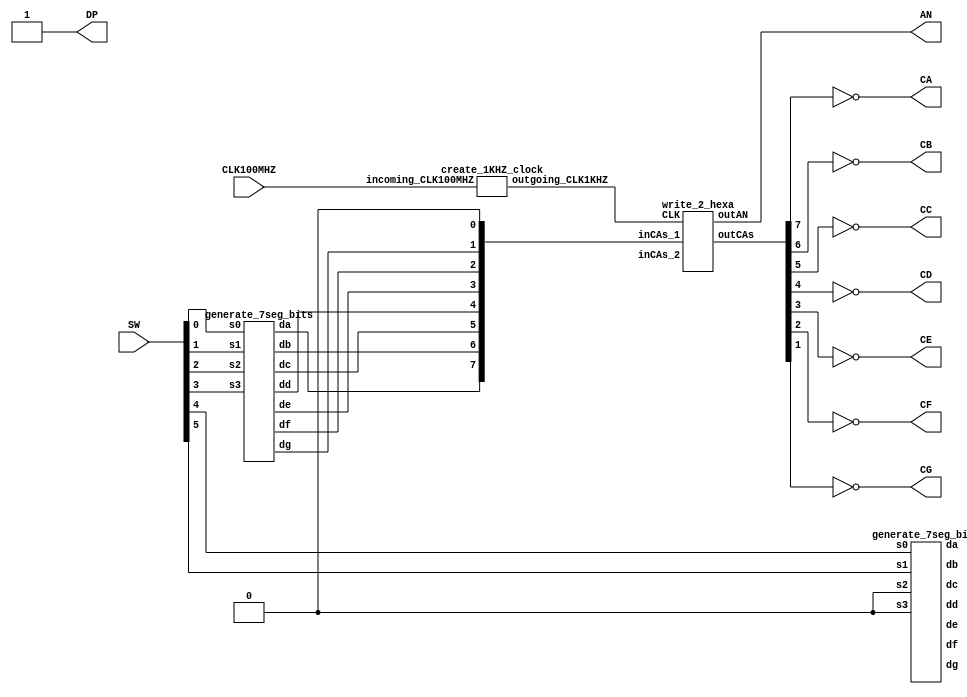
`timescale 1ns / 1ps
//////////////////////////////////////////////////////////////////////////////////
// Module Name: lab6
// input 6 switches display number in hexadecimal on 2 LED display outputs
// Used a Nexys4 DDR device to test
//////////////////////////////////////////////////////////////////////////////////

//Main Module adding 

module topModule1(
    input CLK100MHZ,
    input [5:0] SW,
    output [7:0] AN,
    output CA,CB,CC,CD,CE,CF,CG,DP
    );
    
    wire [7:0] CAs;
    wire [7:0] CAs_1;
    wire [7:0] CAs_2;
    wire [7:0] CAs_3;
    wire [5:0] SWs;
    wire CLK1KHZ;
    
    assign SWs [5:0] = SW [5:0];
    
    assign CAs[0] = 1'b0;
    
    assign CA=~CAs[7];
    assign CB=~CAs[6];
    assign CC=~CAs[5];
    assign CD=~CAs[4];
    assign CE=~CAs[3];
    assign CF=~CAs[2];
    assign CG=~CAs[1];
    assign DP=~CAs[0];
    
    create_1KHZ_clock gate0 (CLK100MHZ, CLK1KHZ);
    generate_7seg_bits gate1 (SW[3], SW[2], SW[1], SW[0], CAs_1[7], CAs_1[6], CAs_1[5], CAs_1[4], CAs_1[3], CAs_1[2], CAs_1[1]);
    generate_7seg_bits gate2 (1'b0, 1'b0, SW[5], SW[4], CAs_2[7], CAs_2[6], CAs_2[5], CAs_2[4], CAs_2[3], CAs_2[2], CAs_2[1]);
    write_2_hexa gate3 (CLK1KHZ, CAs_1[7:0], CAs_2[7:0], AN[7:0], CAs[7:0]);

endmodule 

module write_2_hexa(
    input CLK,
    input wire [7:0] inCAs_1,
    input wire [7:0] inCAs_2,
    output reg [7:0] outAN,
    output reg [7:0] outCAs
    );

    reg ctr = 1'b0;
    
    always @(posedge CLK) begin
        if(ctr==1'b0) begin
            outAN [7:0] <= 8'b1111_1110;  // LED 1 (counting from right)
            outCAs [7:0] <= inCAs_1 [7:0];
        end 
        else if(ctr==1'b1) begin
            outAN [7:0] <= 8'b1111_1101;  // LED 2 (counting from right)
            outCAs [7:0] <= inCAs_2 [7:0];
        end  
        
        // update the counter
        if(ctr==1'b1) begin
            ctr <= 1'b0;
        end else begin
            ctr <= ctr + 1;        
        end   
    end
    
endmodule

// creates 1000 Hz clock from a 100 MHz clock 
// 1000 Hz clock has a period of 0.001 seconds, which is equal to 1ms
// 100 MHz / 1000 Hz = 100 * 10^6 / 1000 = 100,000 cycles
// log_2(100,000) = 16.61, so 17 bits are needed for the counter
module create_1KHZ_clock(
    input incoming_CLK100MHZ,
    output reg outgoing_CLK1KHZ
    );
    
    reg [16:0] ctr=0;
    
    always @ (posedge incoming_CLK100MHZ) begin
        if(ctr==49_999) begin
            outgoing_CLK1KHZ <= 1'b0;
            ctr <= ctr + 1;            
        end else if(ctr==99_999) begin
            outgoing_CLK1KHZ <= 1'b1;
            ctr <= 0;
        end else begin
            ctr <= ctr + 1;
        end         
    end
endmodule


// This 7-segment display driver can be useful for Lab 8, problem 5
//
// Input is the 4-bit number s3 s2 s1 a0
// Output is the (active-HIGH) 7-segment display digits da,db,dc,dd,de,df,dg
// reminder, Nexys4DDR display digits are active-LOW, so you'll need to invert them at some point
// one approach is to generate 7 karnaugh maps
module generate_7seg_bits(
    input s3,
    input s2,
    input s1,
    input s0, 
    output da,
    output db,
    output dc,
    output dd,
    output de,
    output df,
    output dg);

    // this would be more compact with a Karnaugh map for each segment da - dg
    // writing this way for readability 
    wire zero, one, two, three, four, five, six, seven, eight, nine;
    assign zero     = ~s3&~s2&~s1&~s0;
    assign one      = ~s3&~s2&~s1& s0;
    assign two      = ~s3&~s2& s1&~s0;
    assign three    = ~s3&~s2& s1& s0;
    assign four     = ~s3& s2&~s1&~s0;
    assign five     = ~s3& s2&~s1& s0;
    assign six      = ~s3& s2& s1&~s0;
    assign seven    = ~s3& s2& s1& s0;
    assign eight    =  s3&~s2&~s1&~s0;
    assign nine     =  s3&~s2&~s1& s0;
    assign ten      =  s3&~s2& s1&~s0; 
    assign eleven   =  s3&~s2& s1& s0; 
    assign twelve   =  s3& s2&~s1&~s0; 
    assign thirteen =  s3& s2&~s1& s0; 
    assign fourteen =  s3& s2& s1&~s0; 
    assign fifteen  =  s3& s2& s1& s0; 
    
    assign da = zero | two | three | five | six | seven | eight | nine | ten | fourteen | fifteen;
    assign db = zero | one | two | three | four | seven | eight | nine | ten | thirteen;
    assign dc = zero | one | three | four | five | six | seven | eight | nine | ten | eleven | thirteen ;
    assign dd = zero | two | three | five | six | eight | eleven | twelve | thirteen | fourteen ;
    assign de = zero | two | six | eight | ten | eleven | twelve | thirteen | fourteen | fifteen ;
    assign df = zero | four | five | six | eight | nine | ten | eleven | fourteen | fifteen ;
    assign dg = two | three | four | five | six | eight | nine | ten | eleven | twelve | thirteen | fourteen | fifteen ;
    
endmodule